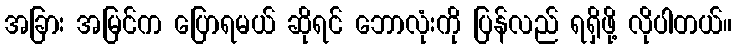
အခြား အမြင်က ပြောရမယ် ဆိုရင် ဘောလုံးကို ပြန်လည် ရရှိဖို့ လိုပါတယ်။